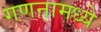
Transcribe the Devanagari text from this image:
गणनामध्ये